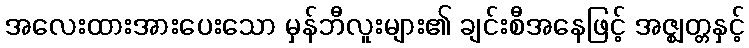
အလေးထားအားပေးသော မှန်ဘီလူးများ၏ ချင်းစီအနေဖြင့် အဇ္ဈတ္တနှင့်